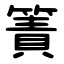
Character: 簀